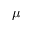
\mu